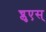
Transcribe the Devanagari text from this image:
च्लुएस्